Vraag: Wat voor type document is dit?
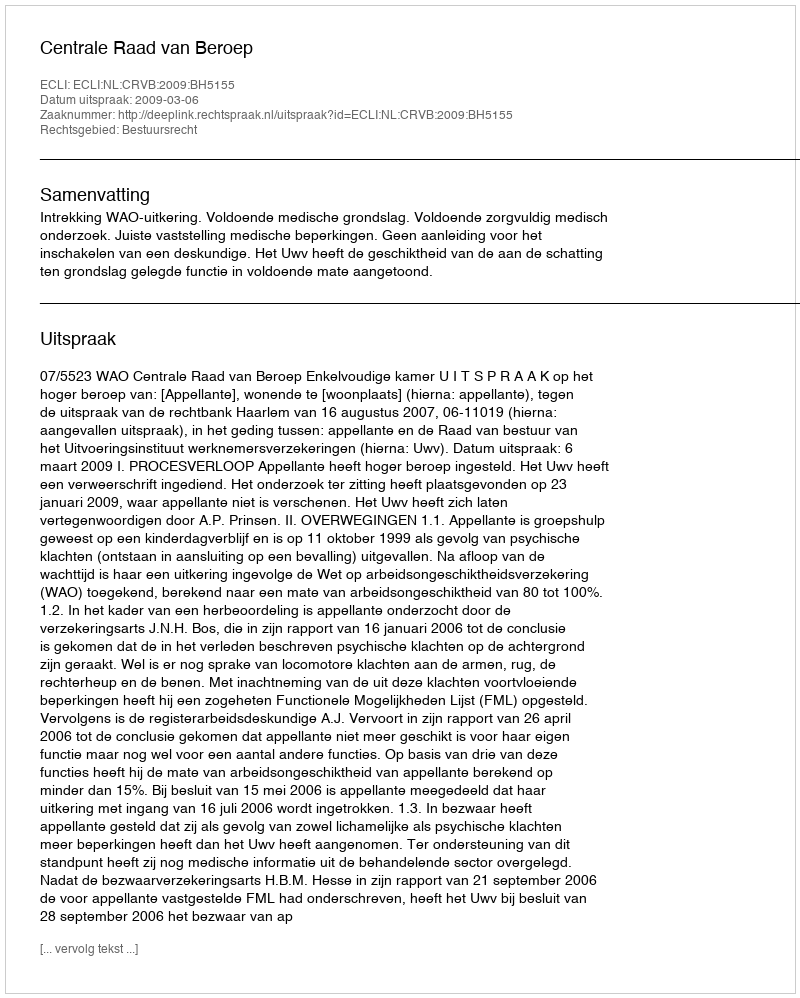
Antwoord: Uitspraak